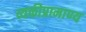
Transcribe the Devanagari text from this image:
व्यक्तीप्रामाण्य